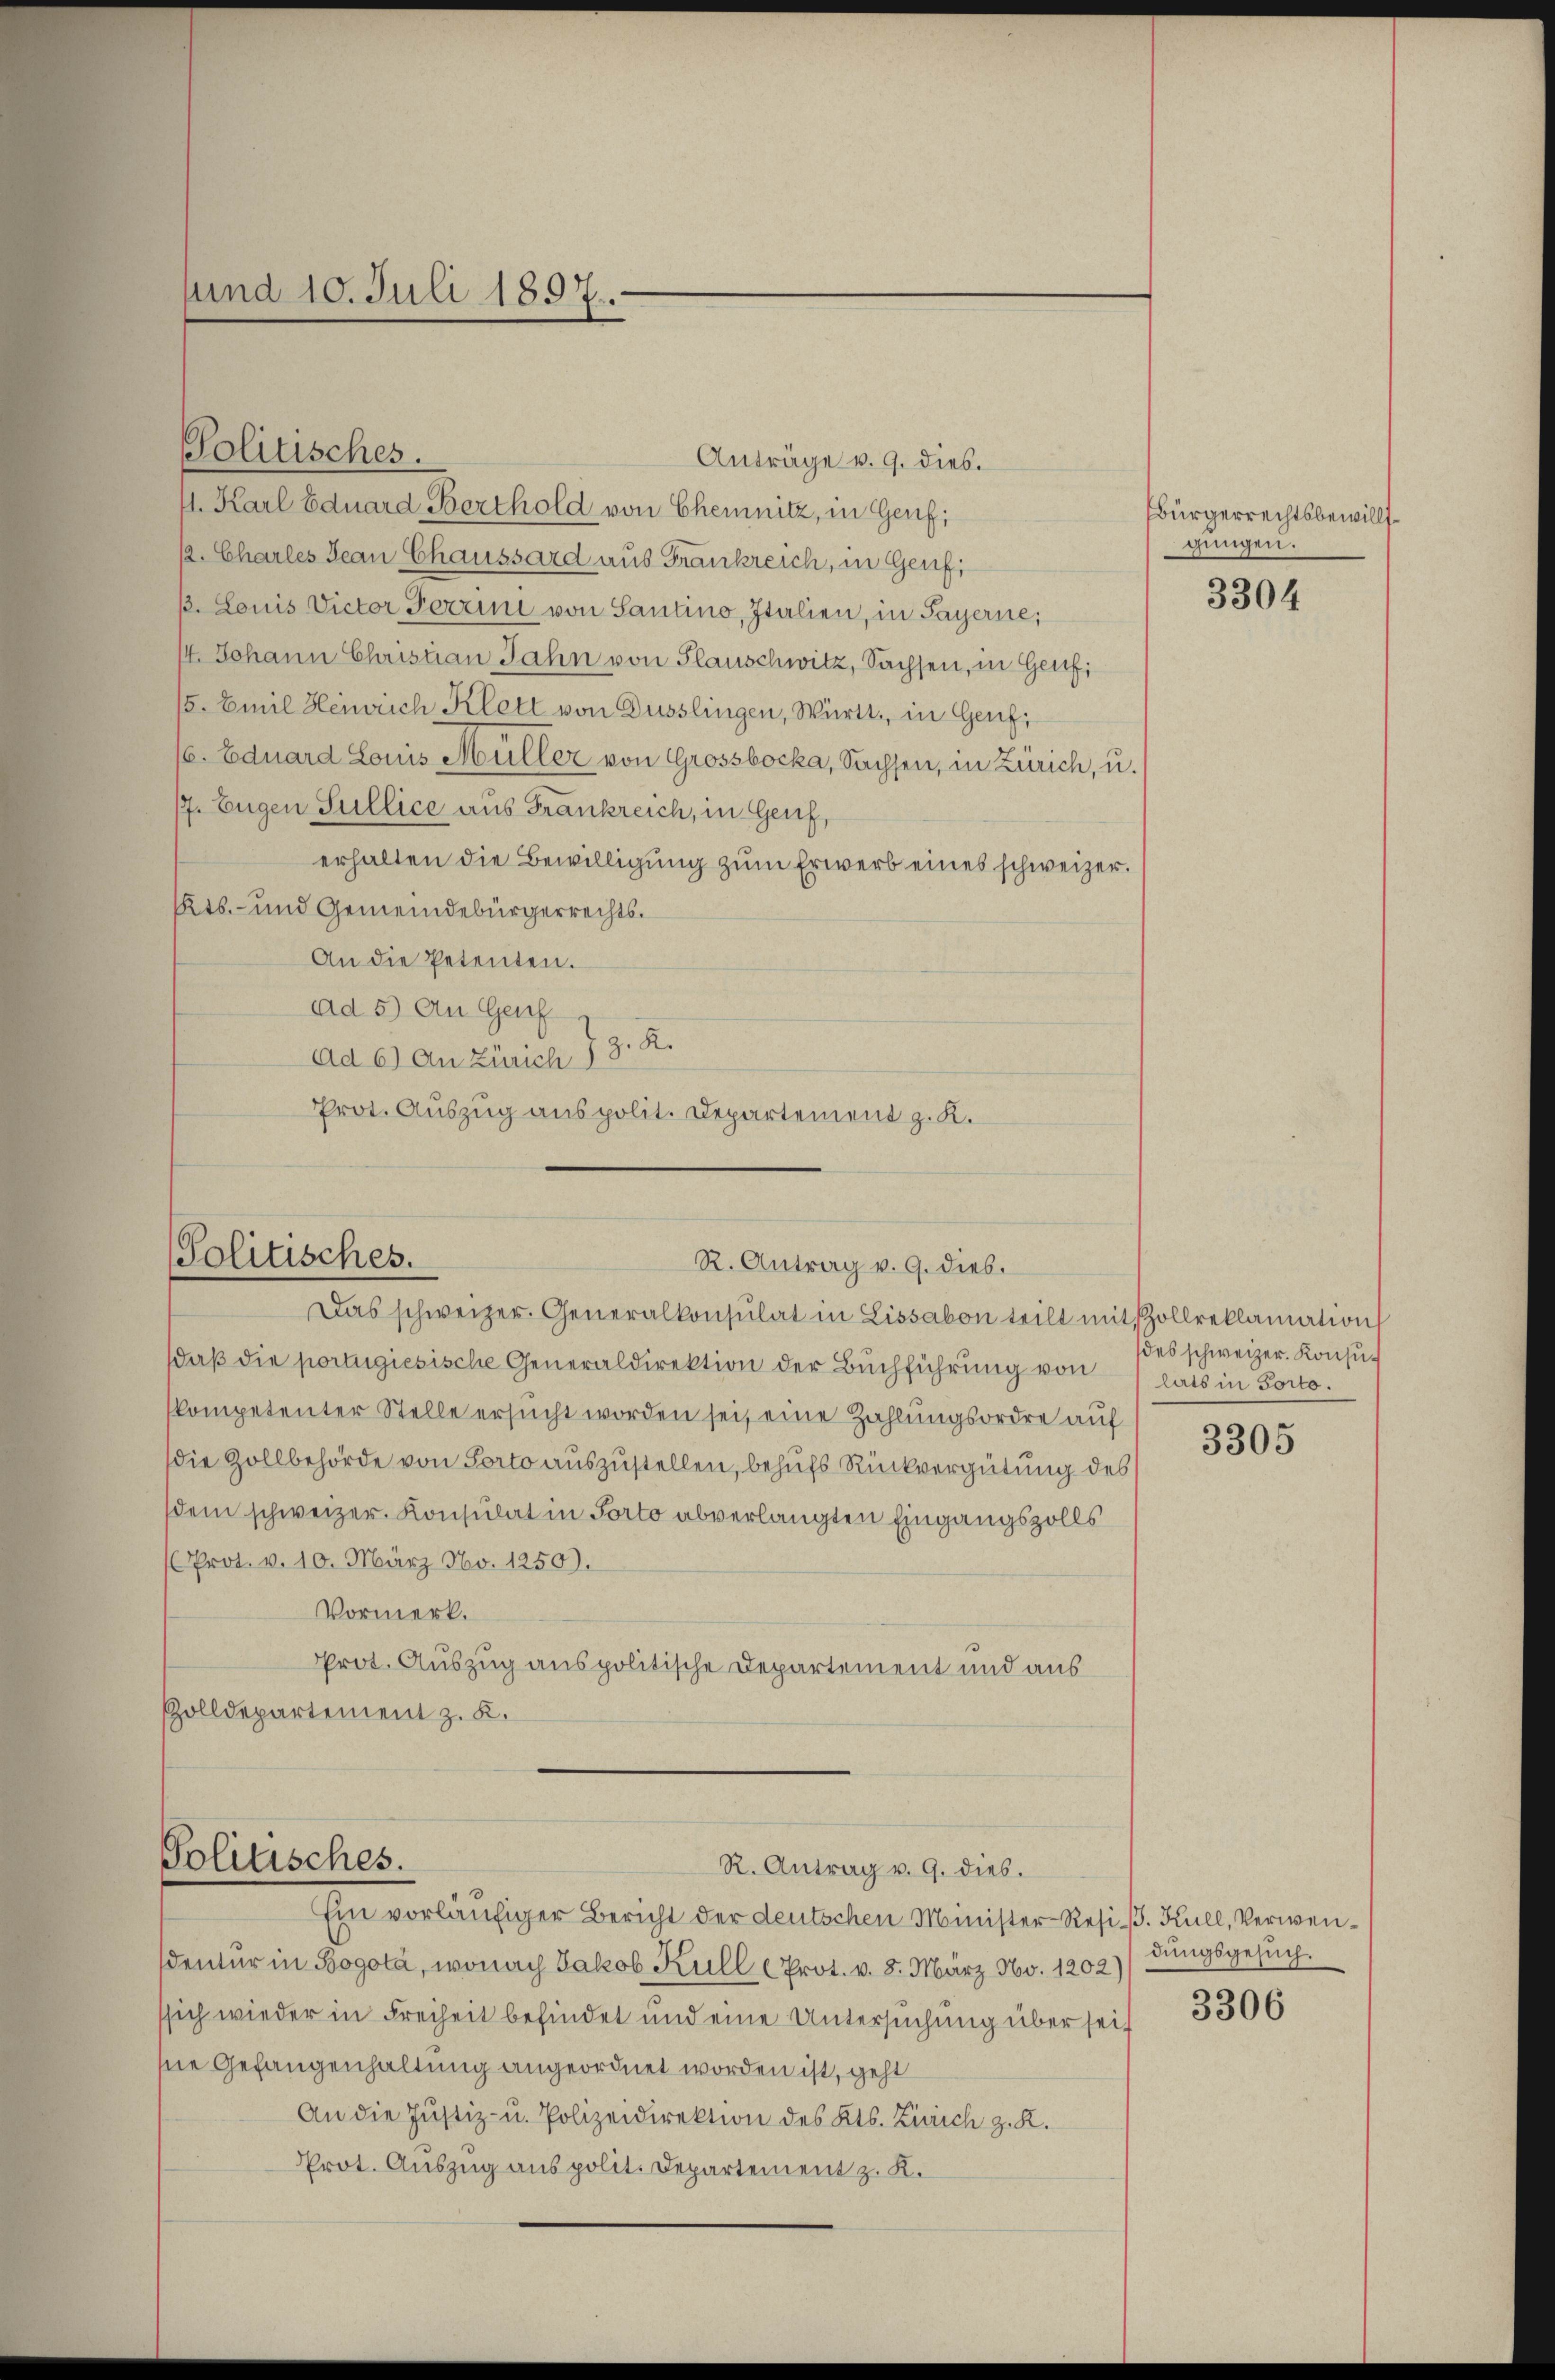
sund 10. Juli 1897.

Politisches.

sdaß die portugiesische Generaldirektion der Buchführung von
kompetenter Stelle ersŭcht worden sei, eine Zahlungsordre auf
die Zollbehörde von Porto auszustellen, behufs Rückvergütung des
dem schweizer. Konsulat in Porto abverlangten Eingangszolls
Prot. v. 10. März No. 1250).
Vormerk.
Prot. Auszug auspolitische Departement und aus
Zolldepartement z. K.

Anträge v. 9. dies.
4. Karl Eduard Berthold von Chemnitz, in Genf;
/2. Charles Jean Chaussard aus Frankreich, in Genf,
ß. Louis Victor Ferrin von Santino, Italien, in Payerne,
14. Johann Christian Jahn von Plauschwitz, Sachsen, in Genf,
5. Emil Heinrich Klett von Düsslingen, Württ. in Genf,
(6. Eduard Louis Hüller von Grossbocka, Sachsen, in Zürich, u.
/7. Eugen Sullice aus Frankreich, in Genf,
erhalten die Bewilligung zum Erwerb eines schweizer.
Kts. und Gemeindebürgerrechts¬
An die Petenten.
ad 5) An Genf
Ad c) an Zürich 7 3. R.
Prot. Auszug aus polit. Departement z. K.

Politisches.
R. Antrag v. 9. dies.
Das schweizer. Generalkonsulat in Lissabon teilt mit Zollreklamation

Politisches.

R. Antrag v. 9. dies.

Ein vorläufiger Bericht der deutschen Minister-Resi. Kull, Verwendentur in Bogota, wonach Jakob Kull (Prot. v. 8. März No. 1202)
sich wieder in Freiheit befindet und eine Untersuchung über seit
sie Gefangenhaltung angeordnet worden ist, geht
An die Justiz- u. Polizeidirektion des Kts. Zürich z. K.
Prot. Auszug aus polit. Departement z. K.

Bürgerrechtsbewillsgungen.

3304

des schweizer. Konsulats in Porto.

3305

dungsgesuch.

3306